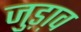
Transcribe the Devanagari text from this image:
जुड़ा़व